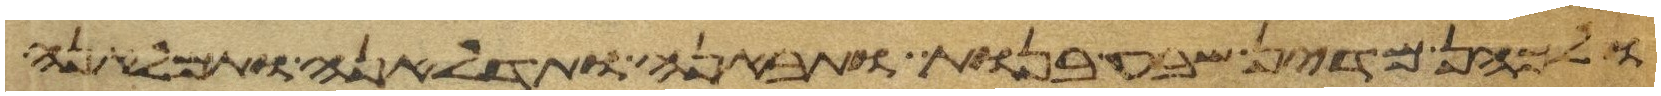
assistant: ולכהן מדין שבע בנות ותבאנה ותדלאנה ותמלאנה